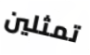
تمثلين